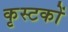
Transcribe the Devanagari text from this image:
कृस्टकों